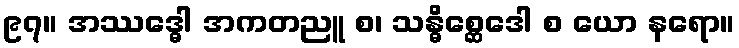
၉၇။ အဿဒ္ဓေါ အကတညူ စ၊ သန္ဓိစ္ဆေဒေါ စ ယော နရော။